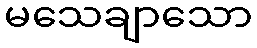
မသေချာသော